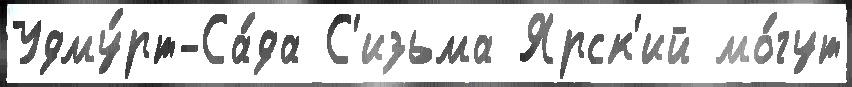
Удму́рт-Са́да С'изьма Ярск'ий мо́гут